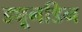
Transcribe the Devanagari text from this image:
ड्यूनडिन